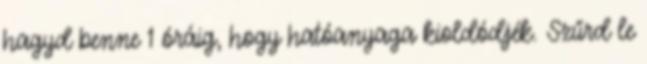
hagyd benne 1 óráig, hogy hatóanyaga kioldódjék. Szűrd le